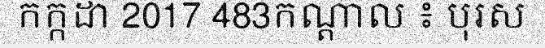
កក្កដា 2017 483កណ្តាល ៖ បុរស